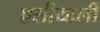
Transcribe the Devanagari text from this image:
एसीयाली